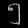
Digit: ၅